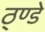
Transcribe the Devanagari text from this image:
ठ्ण्डे